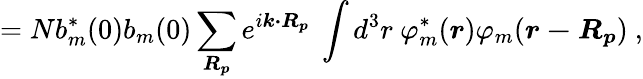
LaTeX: =Nb_{m}^{*}(0)b_{m}(0)\sum_{\boldsymbol{R_{p}}}e^{i{\boldsymbol{k\cdot R_{p}}}}\ \int d^{3}r\ \varphi_{m}^{*}({\boldsymbol{r}})\varphi_{m}({\boldsymbol{r-R_{p}}})\ ,